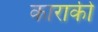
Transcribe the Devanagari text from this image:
काराकी